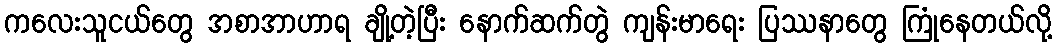
ကလေးသူငယ်တွေ အစာအာဟာရ ချို့တဲ့ပြီး နောက်ဆက်တွဲ ကျန်းမာရေး ပြဿနာတွေ ကြုံနေတယ်လို့